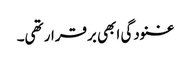
غنودگی ابھی برقرار تھی۔